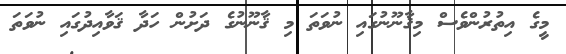
މީގެ އިތުރުންވެސް މިޤާނޫނުގައި ނުވަތަ މި ޤާނޫނުގެ ދަށުން ހަދާ ޤަވާއިދުގައި ނުވަތަ